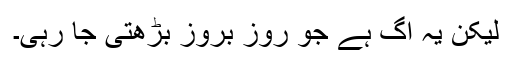
لیکن یہ آگ ہے جو روز بروز بڑھتی جا رہی۔